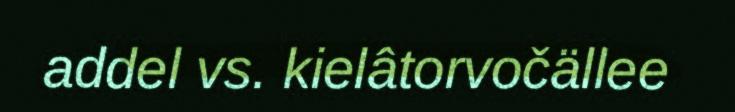
addel vs. kielâtorvočällee